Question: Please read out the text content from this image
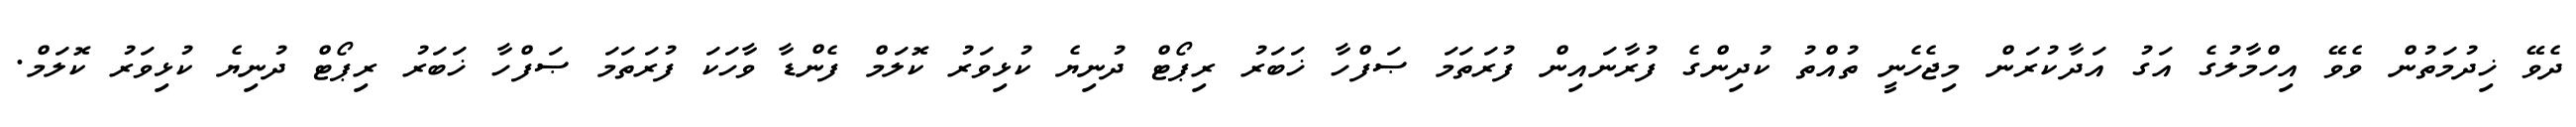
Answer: ދެވޭ ޚިދުމަތުން ވެވޭ އިހްމާލުގެ އަގު އަދާކުރަން މިޖެހެނީ ތުއްތު ކުދިންގެ ފުރާނައިން ފުރަތަމަ ޞަފްހާ ޚަބަރު ރިޕޯޓް ދުނިޔެ ކުޅިވަރު ކޮލަމް ފެންޑާ ވާހަކަ ފުރަތަމަ ޞަފްހާ ޚަބަރު ރިޕޯޓް ދުނިޔެ ކުޅިވަރު ކޮލަމް.